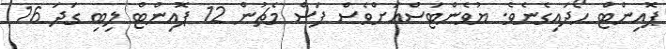
ޕޮއިންޓް ހޯދައިގެނެވެ. ޔުވެންޓަސްއަށްވެސް ފަސް މެޗުން 12 ޕޮއިންޓް ލިބި ގަދަ 16